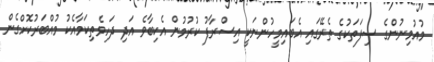
މުއުމިނުންގެ ސިފަތަކުގެ ތެރޭގައި އެބައިމީހުންނަކީ އިސްރާފު ކުރުމުން އެކިބާވެ އަދި ދަހިވެތިކަމާއެކު މުއްބަރުކޮށްގެން